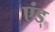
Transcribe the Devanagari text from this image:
एंड्